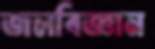
জলবিজ্ঞান